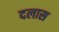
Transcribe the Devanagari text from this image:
दलास